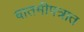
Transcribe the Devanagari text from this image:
बातमीपत्रात